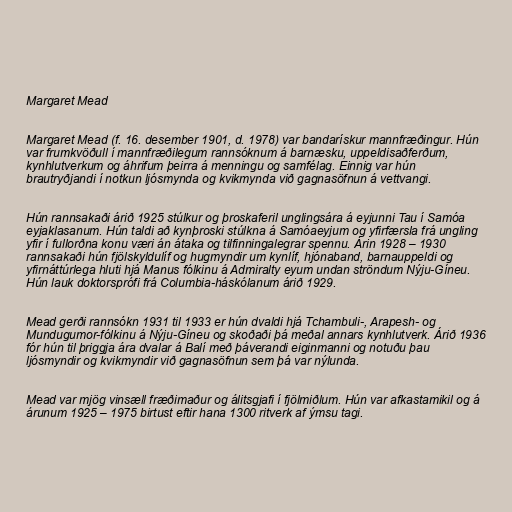
Margaret Mead

Margaret Mead (f. 16. desember 1901, d. 1978) var bandarískur mannfræðingur. Hún
var frumkvöðull í mannfræðilegum rannsóknum á barnæsku, uppeldisaðferðum,
kynhlutverkum og áhrifum þeirra á menningu og samfélag. Einnig var hún
brautryðjandi í notkun ljósmynda og kvikmynda við gagnasöfnun á vettvangi.

Hún rannsakaði árið 1925 stúlkur og þroskaferil unglingsára á eyjunni Tau í Samóa
eyjaklasanum. Hún taldi að kynþroski stúlkna á Samóaeyjum og yfirfærsla frá ungling
yfir í fullorðna konu væri án átaka og tilfinningalegrar spennu. Árin 1928 – 1930
rannsakaði hún fjölskyldulíf og hugmyndir um kynlíf, hjónaband, barnauppeldi og
yfirnáttúrlega hluti hjá Manus fólkinu á Admiralty eyum undan ströndum Nýju-Gíneu.
Hún lauk doktorsprófi frá Columbia-háskólanum árið 1929.

Mead gerði rannsókn 1931 til 1933 er hún dvaldi hjá Tchambuli-, Arapesh- og
Mundugumor-fólkinu á Nýju-Gíneu og skoðaði þá meðal annars kynhlutverk. Árið 1936
fór hún til þriggja ára dvalar á Balí með þáverandi eiginmanni og notuðu þau
ljósmyndir og kvikmyndir við gagnasöfnun sem þá var nýlunda.

Mead var mjög vinsæll fræðimaður og álitsgjafi í fjölmiðlum. Hún var afkastamikil og á
árunum 1925 – 1975 birtust eftir hana 1300 ritverk af ýmsu tagi.